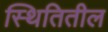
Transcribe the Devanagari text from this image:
स्थितितील